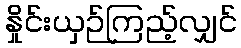
နှိုင်းယှဉ်ကြည့်လျှင်